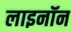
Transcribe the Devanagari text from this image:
लाइनॉन